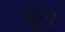
મૂળ